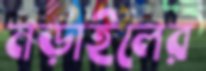
নড়াইলের